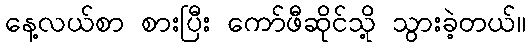
နေ့လယ်စာ စားပြီး ကော်ဖီဆိုင်သို့ သွားခဲ့တယ်။